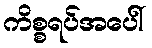
ကိစ္စရပ်အပေါ်